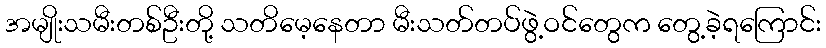
အမျိုးသမီးတစ်ဦးတို့ သတိမေ့နေတာ မီးသတ်တပ်ဖွဲ့ဝင်တွေက တွေ့ခဲ့ရကြောင်း